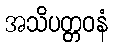
အသိပတ္တဝနံ